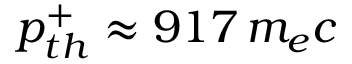
p _ { t h } ^ { + } \approx 9 1 7 \, m _ { e } c